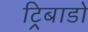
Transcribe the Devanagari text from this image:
ट्रिबाडो